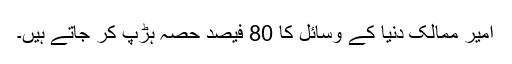
امیر ممالک دنیا کے وسائل کا 80 فیصد حصہ ہڑپ کر جاتے ہیں۔